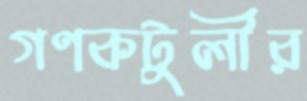
গণকটুলীর